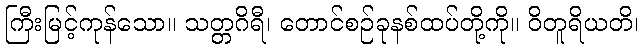
ကြီးမြင့်ကုန်သော။ သတ္တဂိရီ၊ တောင်စဉ်ခုနစ်ထပ်တို့ကို။ ဝိတူရိယတိ၊